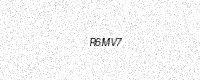
Text: R6MV7